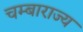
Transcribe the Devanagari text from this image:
चम्बाराज्य